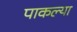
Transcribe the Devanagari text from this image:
पाकल्या